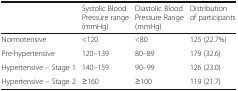
<table><thead><tr><td>[EMPTY_CELL]</td><td><b>Systolic Blood Pressure range (mmHg)</b></td><td><b>Diastolic Blood Pressure Range (mmHg)</b></td><td><b>Distribution of participants</b></td></tr></thead><tbody><tr><td>Normotensive</td><td>&lt;120</td><td>&lt;80</td><td>125 (22.7%)</td></tr><tr><td>Pre-hypertensive</td><td>120–139</td><td>80–89</td><td>179 (32.6)</td></tr><tr><td>Hypertensive – Stage 1</td><td>140–159</td><td>90–99</td><td>126 (23.0)</td></tr><tr><td>Hypertensive – Stage 2</td><td>≥160</td><td>≥100</td><td>119 (21.7)</td></tr></tbody></table>